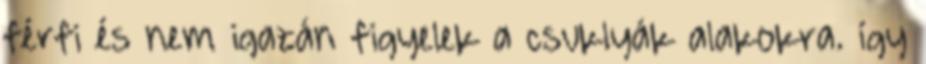
férfi és nem igazán figyelek a csuklyák alakokra. így